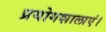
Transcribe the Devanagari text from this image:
प्रयोगशालाएं।